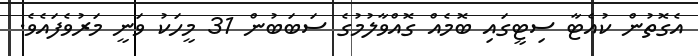
އެގޮތުން ކުއެޓާ ސިޓީގައި ބޮމެއް ގޮއްވާލުމުގެ ސަބަބުން 31 މީހަކު ވަނީ މަރުވެފައެވެ.